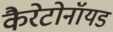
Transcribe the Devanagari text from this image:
कैरेटोनॉयड